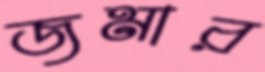
জমার